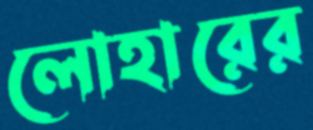
লোহারের